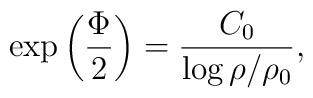
\exp\left({\Phi\over 2}\right)={C_0\over \log{\rho/\rho_0}},